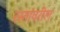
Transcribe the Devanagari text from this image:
रस्तांवरील